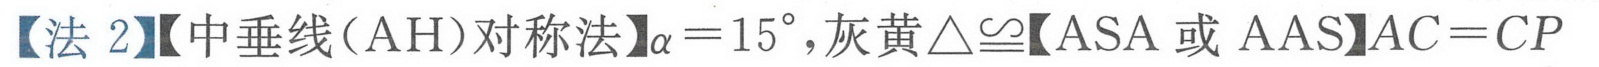
【法 2】【中垂线（AH）对称法】\(\alpha = 15^{\circ}\)，灰黄\(\triangle\cong\)【ASA 或 AAS】\(AC = CP\)